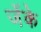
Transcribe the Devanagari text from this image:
जेंके